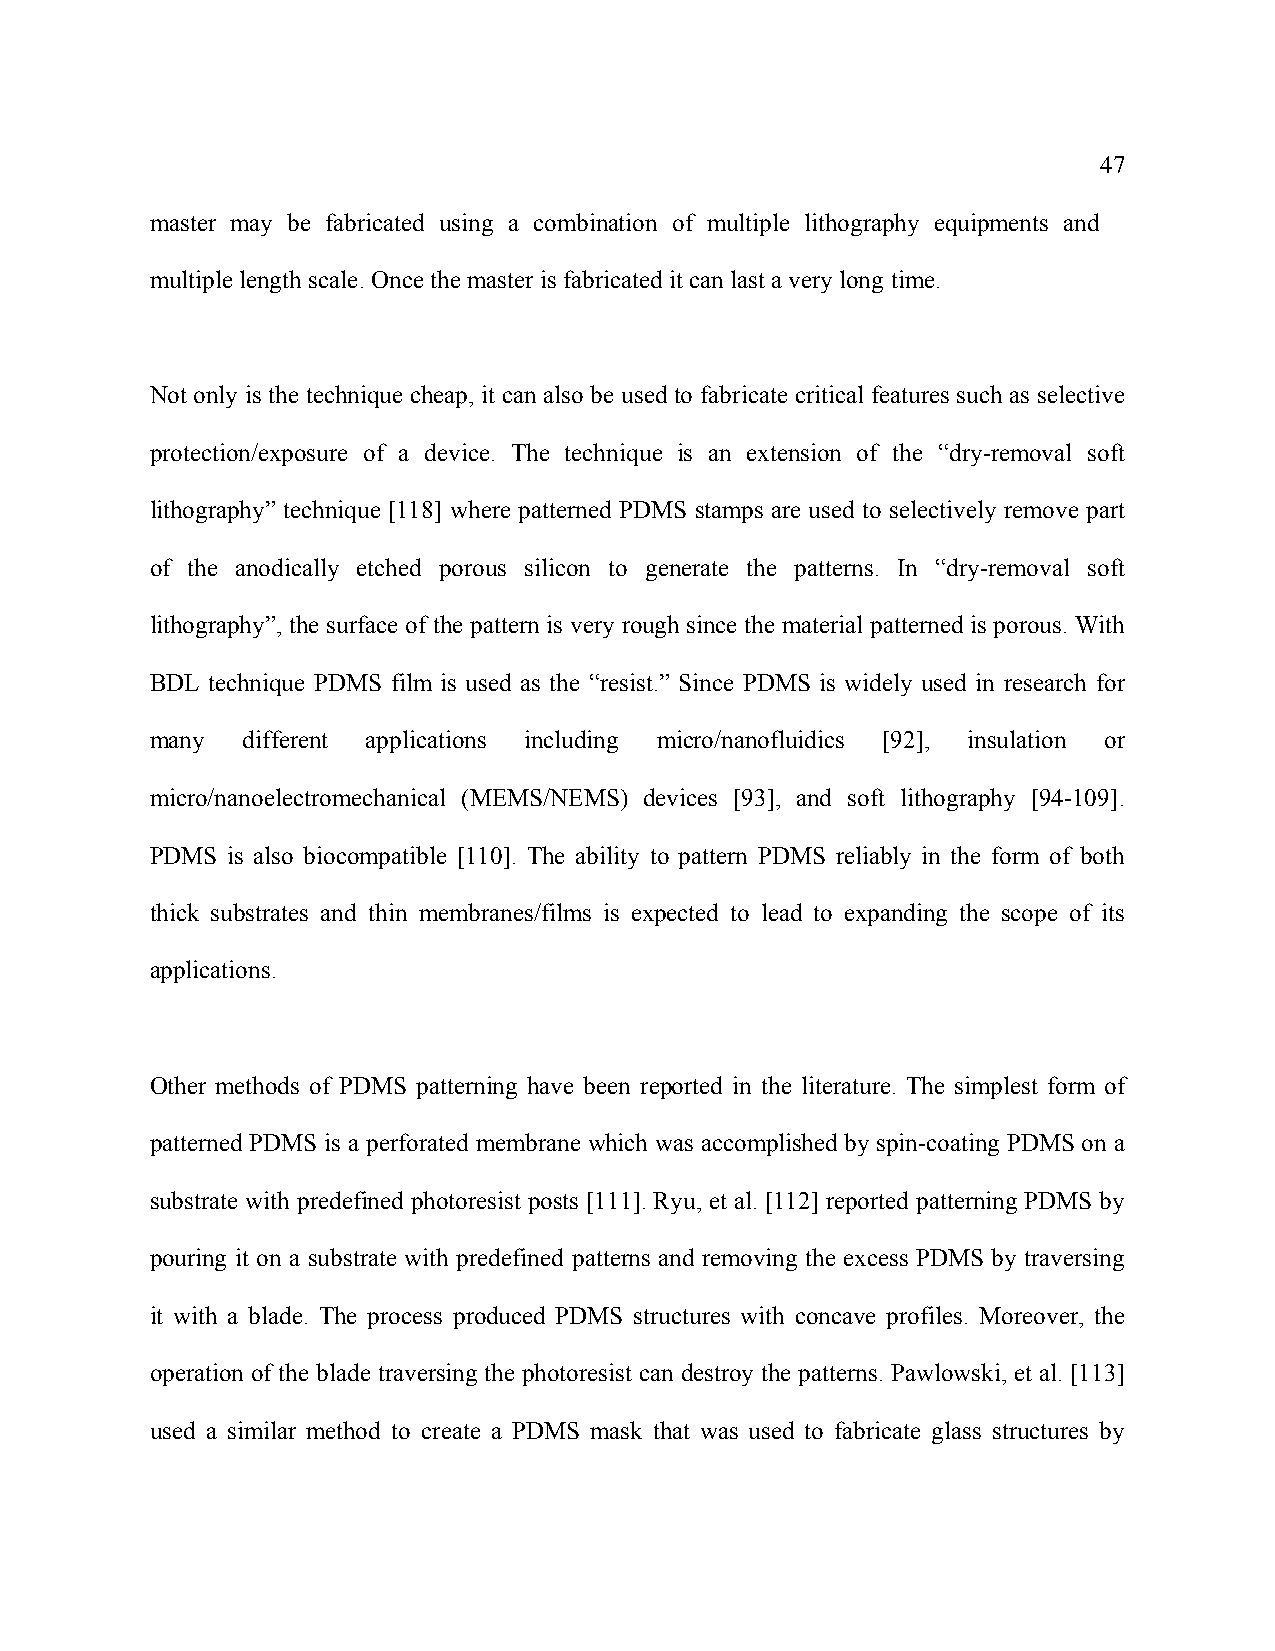
47
 master may be fabricated using a combination of multiple lithography equipments and
 multiple length scale. Once the master is fabricated it can last a very long time.
 Not only is the technique cheap, it can also be used to fabricate critical features such as selective
 protection/exposure of a device. The technique is an extension of the “dry-removal soft
 lithography” technique [118] where patterned PDMS stamps are used to selectively remove part
 of the anodically etched porous silicon to generate the patterns. In “dry-removal soft
 lithography”, the surface of the pattern is very rough since the material patterned is porous. With
 BDL technique PDMS film is used as the “resist.” Since PDMS is widely used in research for
 many  different applications including micro/nanofluidics [92], insulation or
 micro/nanoelectromechanical (MEMS/NEMS) devices [93], and soft lithography [94-109].
 PDMS is also biocompatible [110]. The ability to pattern PDMS reliably in the form of both
 thick substrates and thin membranes/films is expected to lead to expanding the scope of its
 applications.
 Other methods of PDMS patterning have been reported in the literature. The simplest form of
 patterned PDMS is a perforated membrane which was accomplished by spin-coating PDMS on a
 substrate with predefined photoresist posts [111]. Ryu, et al. [112] reported patterning PDMS by
 pouring it on a substrate with predefined patterns and removing the excess PDMS by traversing
 it with a blade. The process produced PDMS structures with concave profiles. Moreover, the
 operation of the blade traversing the photoresist can destroy the patterns. Pawlowski, et al. [113]
 used a similar method to create a PDMS mask that was used to fabricate glass structures by